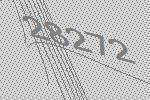
28272